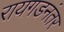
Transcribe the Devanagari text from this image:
रायगडनंतर